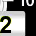
Digit: 2